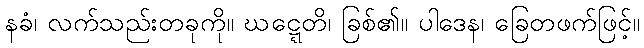
နခံ၊ လက်သည်းတခုကို။ ဃဋ္ဋေတိ၊ ခြစ်၏။ ပါဒေန၊ ခြေတဖက်ဖြင့်။